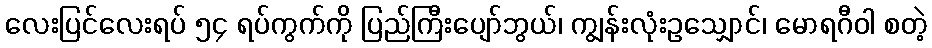
လေးပြင်လေးရပ် ၅၄ ရပ်ကွက်ကို ပြည်ကြီးပျော်ဘွယ်၊ ကျွန်းလုံးဥသျှောင်၊ မောရဂီဝါ စတဲ့